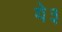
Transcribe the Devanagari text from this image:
ये३